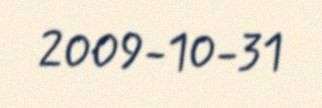
2009-10-31